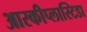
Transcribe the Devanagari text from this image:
आरकीप्लास्टिडा